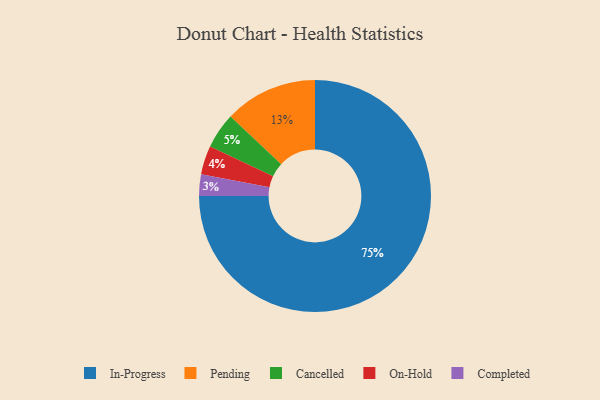
{"axis": {"x": "Category", "y": "Percentage"}, "legend": ["Cancelled", "Completed", "In-Progress", "On-Hold", "Pending"], "data": [{"x": "Cancelled", "y": 5, "type": "Cancelled"}, {"x": "Pending", "y": 13, "type": "Pending"}, {"x": "Completed", "y": 3, "type": "Completed"}, {"x": "On-Hold", "y": 4, "type": "On-Hold"}, {"x": "In-Progress", "y": 75, "type": "In-Progress"}]}